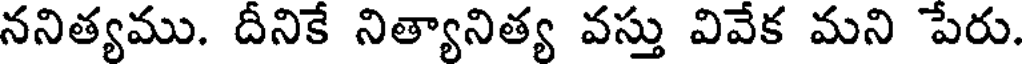
ననిత్యము. దీనికే నిత్యానిత్య వస్తు వివేక మని పేరు.